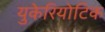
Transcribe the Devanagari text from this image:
युकेरियोटिक